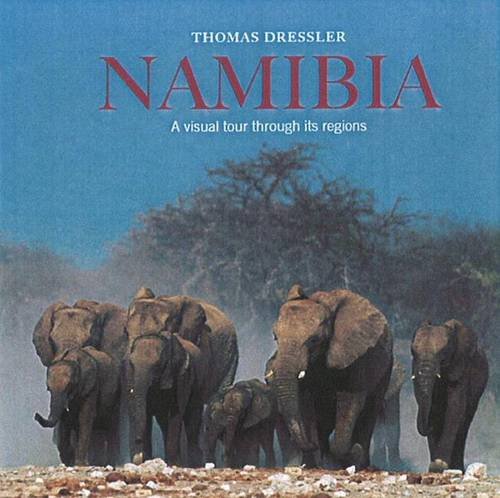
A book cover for Namibia: A Visual Tour Through Its Regions; Thomas Dressler; Travel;